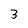
Character: 3